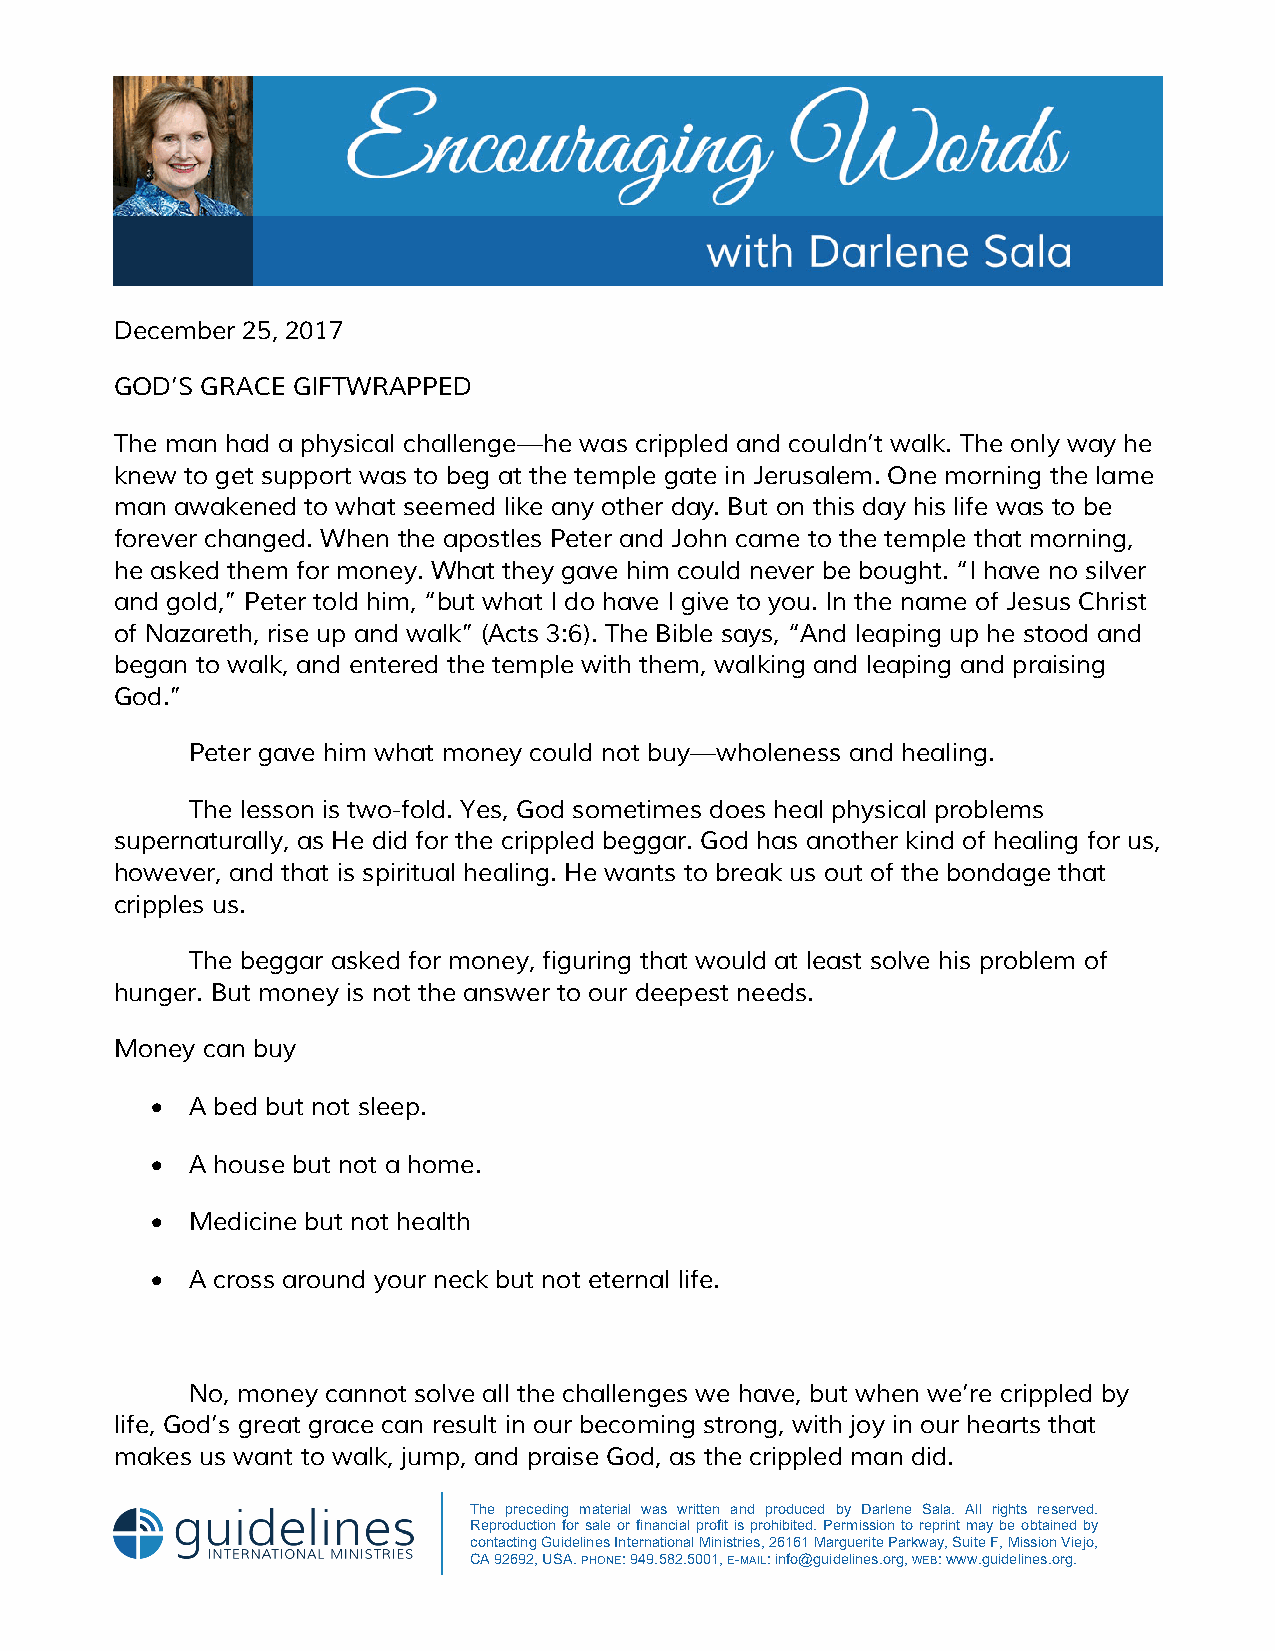
December 25, 2017
 GOD’S GRACE GIFTWRAPPED
 The man had a physical challenge—he was crippled and couldn’t walk. The only way he
 knew to get support was to beg at the temple gate in Jerusalem. One morning the lame
 man awakened to what seemed like any other day. But on this day his life was to be
 forever changed. When the apostles Peter and John came to the temple that morning,
 he asked them for money. What they gave him could never be bought. “I have no silver
 and gold,” Peter told him, “but what I do have I give to you. In the name of Jesus Christ
 of Nazareth, rise up and walk” (Acts 3:6). The Bible says, “And leaping up he stood and
 began to walk, and entered the temple with them, walking and leaping and praising
 God.”
 Peter gave him what money could not buy—wholeness and healing.
 The lesson is two-fold. Yes, God sometimes does heal physical problems
 supernaturally, as He did for the crippled beggar. God has another kind of healing for us,
 however, and that is spiritual healing. He wants to break us out of the bondage that
 cripples us.
 The beggar asked for money, figuring that would at least solve his problem of
 hunger. But money is not the answer to our deepest needs.
 Money can buy
 • A bed but not sleep.
 • A house but not a home.
 • Medicine but not health
 • A cross around your neck but not eternal life.
 No, money cannot solve all the challenges we have, but when we’re crippled by
 life, God’s great grace can result in our becoming strong, with joy in our hearts that
 makes us want to walk, jump, and praise God, as the crippled man did.
 The preceding material was written and produced by Darlene Sala. All rights reserved.
 Reproduction for sale or financial profit is prohibited. Permission to reprint may be obtained by
 contacting Guidelines International Ministries, 26161 Marguerite Parkway, Suite F, Mission Viejo,
 CA 92692, USA. PHONE: 949.582.5001, E-MAIL: info@guidelines.org, WEB: www.guidelines.org.